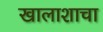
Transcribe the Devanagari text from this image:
खालाशाचा